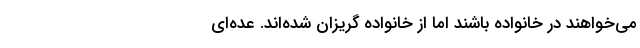
می‌خواهند در خانواده باشند اما از خانواده گریزان شده‌اند. عده‌ای